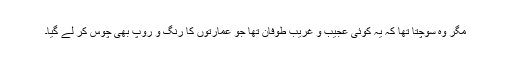
مگر وہ سوچتا تھا کہ یہ کوئی عجیب و غریب طوفان تھا جو عمارتوں کا رنگ و روپ بھی چوس کر لے گیا۔